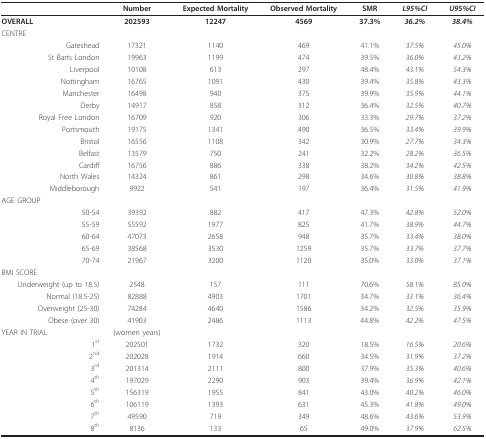
<table><thead><tr><td></td><td><b>Number</b></td><td><b>Expected Mortality</b></td><td><b>Observed Mortality</b></td><td><b>SMR</b></td><td><b><i>L95%CI</i></b></td><td><b><i>U95%CI</i></b></td></tr></thead><tbody><tr><td><b>OVERALL</b></td><td><b>202593</b></td><td><b>12247</b></td><td><b>4569</b></td><td><b>37.3%</b></td><td><b><i>36.2%</i></b></td><td><b><i>38.4%</i></b></td></tr><tr><td>CENTRE</td><td></td><td></td><td></td><td></td><td></td><td></td></tr><tr><td>Gateshead</td><td>17321</td><td>1140</td><td>469</td><td>41.1%</td><td><i>37.5%</i></td><td><i>45.0%</i></td></tr><tr><td>St Barts London</td><td>19963</td><td>1199</td><td>474</td><td>39.5%</td><td><i>36.0%</i></td><td><i>43.2%</i></td></tr><tr><td>Liverpool</td><td>10108</td><td>613</td><td>297</td><td>48.4%</td><td><i>43.1%</i></td><td><i>54.3%</i></td></tr><tr><td>Nottingham</td><td>16765</td><td>1091</td><td>430</td><td>39.4%</td><td><i>35.8%</i></td><td><i>43.3%</i></td></tr><tr><td>Manchester</td><td>16498</td><td>940</td><td>375</td><td>39.9%</td><td><i>35.9%</i></td><td><i>44.1%</i></td></tr><tr><td>Derby</td><td>14917</td><td>858</td><td>312</td><td>36.4%</td><td><i>32.5%</i></td><td><i>40.7%</i></td></tr><tr><td>Royal Free London</td><td>16709</td><td>920</td><td>306</td><td>33.3%</td><td><i>29.7%</i></td><td><i>37.2%</i></td></tr><tr><td>Portsmouth</td><td>19175</td><td>1341</td><td>490</td><td>36.5%</td><td><i>33.4%</i></td><td><i>39.9%</i></td></tr><tr><td>Bristol</td><td>16556</td><td>1108</td><td>342</td><td>30.9%</td><td><i>27.7%</i></td><td><i>34.3%</i></td></tr><tr><td>Belfast</td><td>13579</td><td>750</td><td>241</td><td>32.2%</td><td><i>28.2%</i></td><td><i>36.5%</i></td></tr><tr><td>Cardiff</td><td>16756</td><td>886</td><td>338</td><td>38.2%</td><td><i>34.2%</i></td><td><i>42.5%</i></td></tr><tr><td>North Wales</td><td>14324</td><td>861</td><td>298</td><td>34.6%</td><td><i>30.8%</i></td><td><i>38.8%</i></td></tr><tr><td>Middleborough</td><td>9922</td><td>541</td><td>197</td><td>36.4%</td><td><i>31.5%</i></td><td><i>41.9%</i></td></tr><tr><td>AGE GROUP</td><td></td><td></td><td></td><td></td><td></td><td></td></tr><tr><td>50-54</td><td>39392</td><td>882</td><td>417</td><td>47.3%</td><td><i>42.8%</i></td><td><i>52.0%</i></td></tr><tr><td>55-59</td><td>55592</td><td>1977</td><td>825</td><td>41.7%</td><td><i>38.9%</i></td><td><i>44.7%</i></td></tr><tr><td>60-64</td><td>47073</td><td>2658</td><td>948</td><td>35.7%</td><td><i>33.4%</i></td><td><i>38.0%</i></td></tr><tr><td>65-69</td><td>38568</td><td>3530</td><td>1259</td><td>35.7%</td><td><i>33.7%</i></td><td><i>37.7%</i></td></tr><tr><td>70-74</td><td>21967</td><td>3200</td><td>1120</td><td>35.0%</td><td><i>33.0%</i></td><td><i>37.1%</i></td></tr><tr><td>BMI SCORE</td><td></td><td></td><td></td><td></td><td></td><td></td></tr><tr><td>Underweight (up to 18.5)</td><td>2548</td><td>157</td><td>111</td><td>70.6%</td><td><i>58.1%</i></td><td><i>85.0%</i></td></tr><tr><td>Normal (18.5-25)</td><td>82888</td><td>4903</td><td>1701</td><td>34.7%</td><td><i>33.1%</i></td><td><i>36.4%</i></td></tr><tr><td>Overweight (25-30)</td><td>74284</td><td>4640</td><td>1586</td><td>34.2%</td><td><i>32.5%</i></td><td><i>35.9%</i></td></tr><tr><td>Obese (over 30)</td><td>41903</td><td>2486</td><td>1113</td><td>44.8%</td><td><i>42.2%</i></td><td><i>47.5%</i></td></tr><tr><td>YEAR IN TRIAL</td><td>(women years)</td><td></td><td></td><td></td><td></td><td></td></tr><tr><td>1<sup>st</sup></td><td>202501</td><td>1732</td><td>320</td><td>18.5%</td><td><i>16.5%</i></td><td><i>20.6%</i></td></tr><tr><td>2<sup>nd</sup></td><td>202028</td><td>1914</td><td>660</td><td>34.5%</td><td><i>31.9%</i></td><td><i>37.2%</i></td></tr><tr><td>3<sup>rd</sup></td><td>201314</td><td>2111</td><td>800</td><td>37.9%</td><td><i>35.3%</i></td><td><i>40.6%</i></td></tr><tr><td>4<sup>th</sup></td><td>197029</td><td>2290</td><td>903</td><td>39.4%</td><td><i>36.9%</i></td><td><i>42.1%</i></td></tr><tr><td>5<sup>th</sup></td><td>156319</td><td>1955</td><td>841</td><td>43.0%</td><td><i>40.2%</i></td><td><i>46.0%</i></td></tr><tr><td>6<sup>th</sup></td><td>106119</td><td>1393</td><td>631</td><td>45.3%</td><td><i>41.8%</i></td><td><i>49.0%</i></td></tr><tr><td>7<sup>th</sup></td><td>49590</td><td>719</td><td>349</td><td>48.6%</td><td><i>43.6%</i></td><td><i>53.9%</i></td></tr><tr><td>8<sup>th</sup></td><td>8136</td><td>133</td><td>65</td><td>49.0%</td><td><i>37.9%</i></td><td><i>62.5%</i></td></tr></tbody></table>